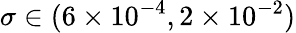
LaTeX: \sigma\in(6\times{10^{-4}},2\times{10^{-2}})